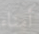
أمناء